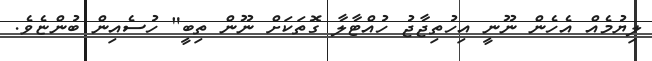
ލިޔުމެއް އެހެން ނޫނީ އިހުތިޖާޖު ހުއްޓާލާ ގޮތަކަށް ނޫން ތިބީ" ހުސެއިން ބުންޏެވެ.